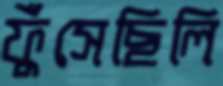
ফুঁসেছিলি